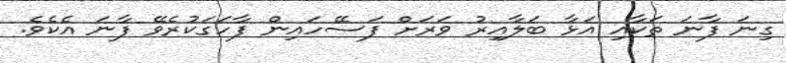
ގިނަ ފާނަ ތަކާއި އަޅާ ބަލާއިރު ވަރަށް ފަސޭހައިން ފާހަގަކުރެވޭ ފާނަ އެކެވެ.